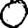
Digit: 0